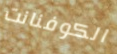
الكوفنانت